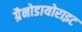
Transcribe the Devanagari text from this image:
ग्रैनोडायोराइट